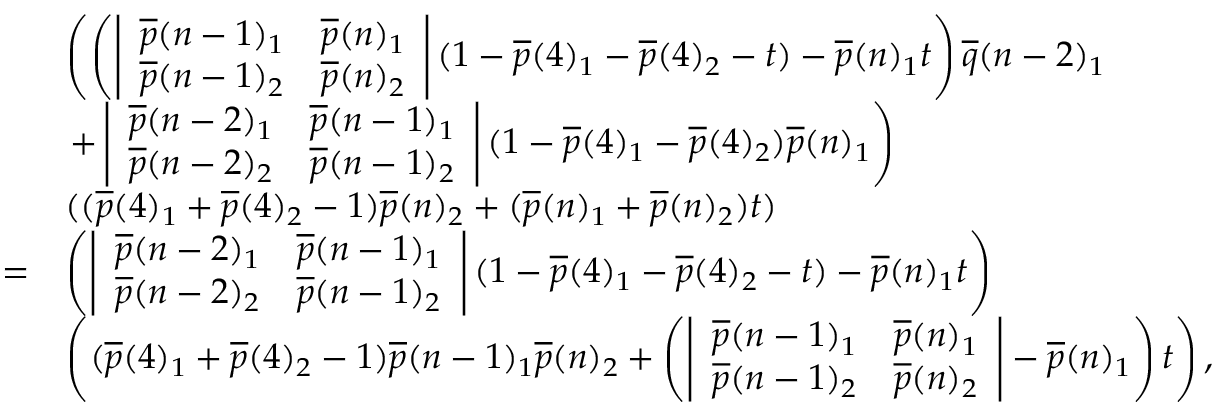
\begin{array} { r l } & { \left( \left( \left| \begin{array} { l l } { \overline { { p } } ( n - 1 ) _ { 1 } } & { \overline { { p } } ( n ) _ { 1 } } \\ { \overline { { p } } ( n - 1 ) _ { 2 } } & { \overline { { p } } ( n ) _ { 2 } } \end{array} \right| ( 1 - \overline { { p } } ( 4 ) _ { 1 } - \overline { { p } } ( 4 ) _ { 2 } - t ) - \overline { { p } } ( n ) _ { 1 } t \right) \overline { { q } } ( n - 2 ) _ { 1 } \right. } \\ & { \left. + \left| \begin{array} { l l } { \overline { { p } } ( n - 2 ) _ { 1 } } & { \overline { { p } } ( n - 1 ) _ { 1 } } \\ { \overline { { p } } ( n - 2 ) _ { 2 } } & { \overline { { p } } ( n - 1 ) _ { 2 } } \end{array} \right| ( 1 - \overline { { p } } ( 4 ) _ { 1 } - \overline { { p } } ( 4 ) _ { 2 } ) \overline { { p } } ( n ) _ { 1 } \right) } \\ & { ( ( \overline { { p } } ( 4 ) _ { 1 } + \overline { { p } } ( 4 ) _ { 2 } - 1 ) \overline { { p } } ( n ) _ { 2 } + ( \overline { { p } } ( n ) _ { 1 } + \overline { { p } } ( n ) _ { 2 } ) t ) } \\ { = } & { \left( \left| \begin{array} { l l } { \overline { { p } } ( n - 2 ) _ { 1 } } & { \overline { { p } } ( n - 1 ) _ { 1 } } \\ { \overline { { p } } ( n - 2 ) _ { 2 } } & { \overline { { p } } ( n - 1 ) _ { 2 } } \end{array} \right| ( 1 - \overline { { p } } ( 4 ) _ { 1 } - \overline { { p } } ( 4 ) _ { 2 } - t ) - \overline { { p } } ( n ) _ { 1 } t \right) } \\ & { \left( ( \overline { { p } } ( 4 ) _ { 1 } + \overline { { p } } ( 4 ) _ { 2 } - 1 ) \overline { { p } } ( n - 1 ) _ { 1 } \overline { { p } } ( n ) _ { 2 } + \left( \left| \begin{array} { l l } { \overline { { p } } ( n - 1 ) _ { 1 } } & { \overline { { p } } ( n ) _ { 1 } } \\ { \overline { { p } } ( n - 1 ) _ { 2 } } & { \overline { { p } } ( n ) _ { 2 } } \end{array} \right| - \overline { { p } } ( n ) _ { 1 } \right) t \right) , } \end{array}